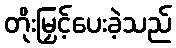
တိုးမြှင့်ပေးခဲ့သည်